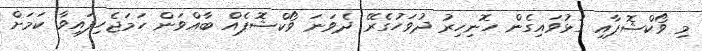
މި ވޯކްޝޮޕާއި ގުޅުވައިގެން ހޮނިހިރު ދުވަހުގެރޭ ދެވަނަ ވޯކްޝޮޕެއް ބާއްވަން ހަމަޖެހިފައިވާ ކަމަށް